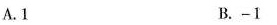
A.1 B.-1 C.-i D.i